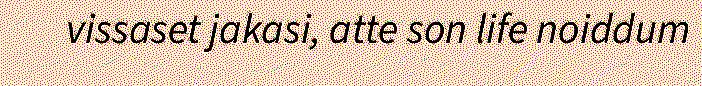
vissaset jakasi, atte son life noiddum